Vaccination in Burma 1889-1999 - 1889-1999
Year: 1889
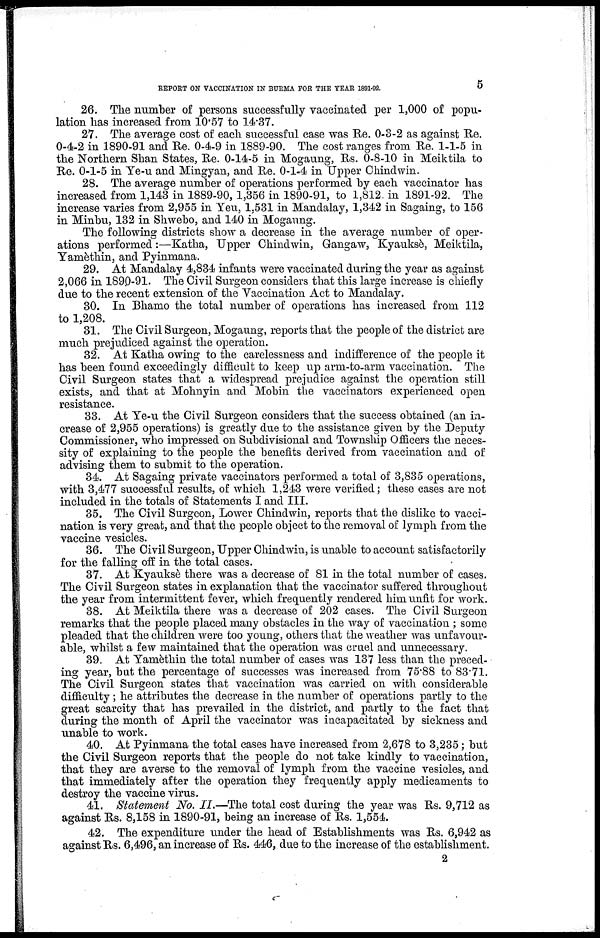
REPORT ON VACCINATION IN BURMA FOR THE YEAR 1891-92.
5
26. The number of persons successfully vaccinated per 1,000 of popu-
lation has increased from 10.57 to 14.37.
27. The average cost of each successful case was Re. 0-3-2 as against Re.
0-4-2 in 1890-91 and Re. 0-4-9 in 1889-90. The cost ranges from Re. 1-1-5 in
the Northern Shan States, Re. 0-14-5 in Mogaung, Rs. 0-8-10 in Meiktila to
Re. 0-1-5 in Ye-u and Mingyan, and Re. 0-1-4 in Upper Chindwin.
28. The average number of operations performed by each vaccinator has
increased from 1,143 in 1889-90, 1,356 in 1890-91, to 1,812 in 1891-92. The
increase varies from 2,955 in Yeu, 1,531 in Mandalay, 1,342 in Sagaing, to 156
in Minbu, 132 in Shwebo, and 140 in Mogaung.
The following districts show a decrease in the average number of oper-
ations performed:—Katha, Upper Chindwin, Gangaw, Kyauksè, Meiktila,
Yamèthin, and Pyinmana.
29. At Mandalay 4,834 infants were vaccinated during the year as against
2,066 in 1890-91. The Civil Surgeon considers that this large increase is chiefly
due to the recent extension of the Vaccination Act to Mandalay.
30. In Bhamo the total number of operations has increased from 112
to 1,208.
31. The Civil Surgeon, Mogaung, reports that the people of the district are
much prejudiced against the operation.
32. At Katha owing to the carelessness and indifference of the people it
has been found exceedingly difficult to keep up arm-to-arm vaccination. The
Civil Surgeon states that a widespread prejudice against the operation still
exists, and that at Mohnyin and Mobin the vaccinators experienced open
resistance.
33. At Ye-u the Civil Surgeon considers that the success obtained (an in-
crease of 2,955 operations) is greatly due to the assistance given by the Deputy
Commissioner, who impressed on Subdivisional and Township Officers the neces-
sity of explaining to the people the benefits derived from vaccination and of
advising them to submit to the operation.
34. At Sagaing private vaccinators performed a total of 3,835 operations,
with 3,477 successful results, of which 1,243 were verified; these cases are not
included in the totals of Statements I and III.
35. The Civil Surgeon, Lower Chindwin, reports that the dislike to vacci-
nation is very great, and that the people object to the removal of lymph from the
vaccine vesicles.
36. The Civil Surgeon, Upper Chindwin, is unable to account satisfactorily
for the falling off in the total cases.
37. At Kyauksè there was a decrease of 81 in the total number of cases.
The Civil Surgeon states in explanation that the vaccinator suffered throughout
the year from intermittent fever, which frequently rendered him unfit for work.
38. At Meiktila there was a decrease of 202 cases. The Civil Surgeon
remarks that the people placed many obstacles in the way of vaccination ; some
pleaded that the children were too young, others that the weather was unfavour-
able, whilst a few maintained that the operation was cruel and unnecessary.
39. At Yamèthin the total number of cases was 137 less than the preced-
ing year, but the percentage of successes was increased from 75.88 to 83.71.
The Civil Surgeon states that vaccination was carried on with considerable
difficulty; he attributes the decrease in the number of operations partly to the
great scarcity that has prevailed in the district, and partly to the fact that
during the month of April the vaccinator was incapacitated by sickness and
unable to work.
40. At Pyinmana the total cases have increased from 2,678 to 3,235; but
the Civil Surgeon reports that the people do not take kindly to vaccination,
that they are averse to the removal of lymph from the vaccine vesicles, and
that immediately after the operation they frequently apply medicaments to
destroy the vaccine virus.
41. Statement No. II.—The total cost during the year was Rs. 9,712 as
against Rs. 8,158 in 1890-91, being an increase of Rs. 1,554.
42. The expenditure under the head of Establishments was Rs. 6,942 as
against Rs. 6,496, an increase of Rs. 446, due to the increase of the establishment.
2